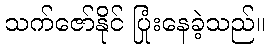
သက်ဇော်နိုင် ပြုံးနေခဲ့သည်။